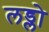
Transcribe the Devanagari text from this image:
लड्लो